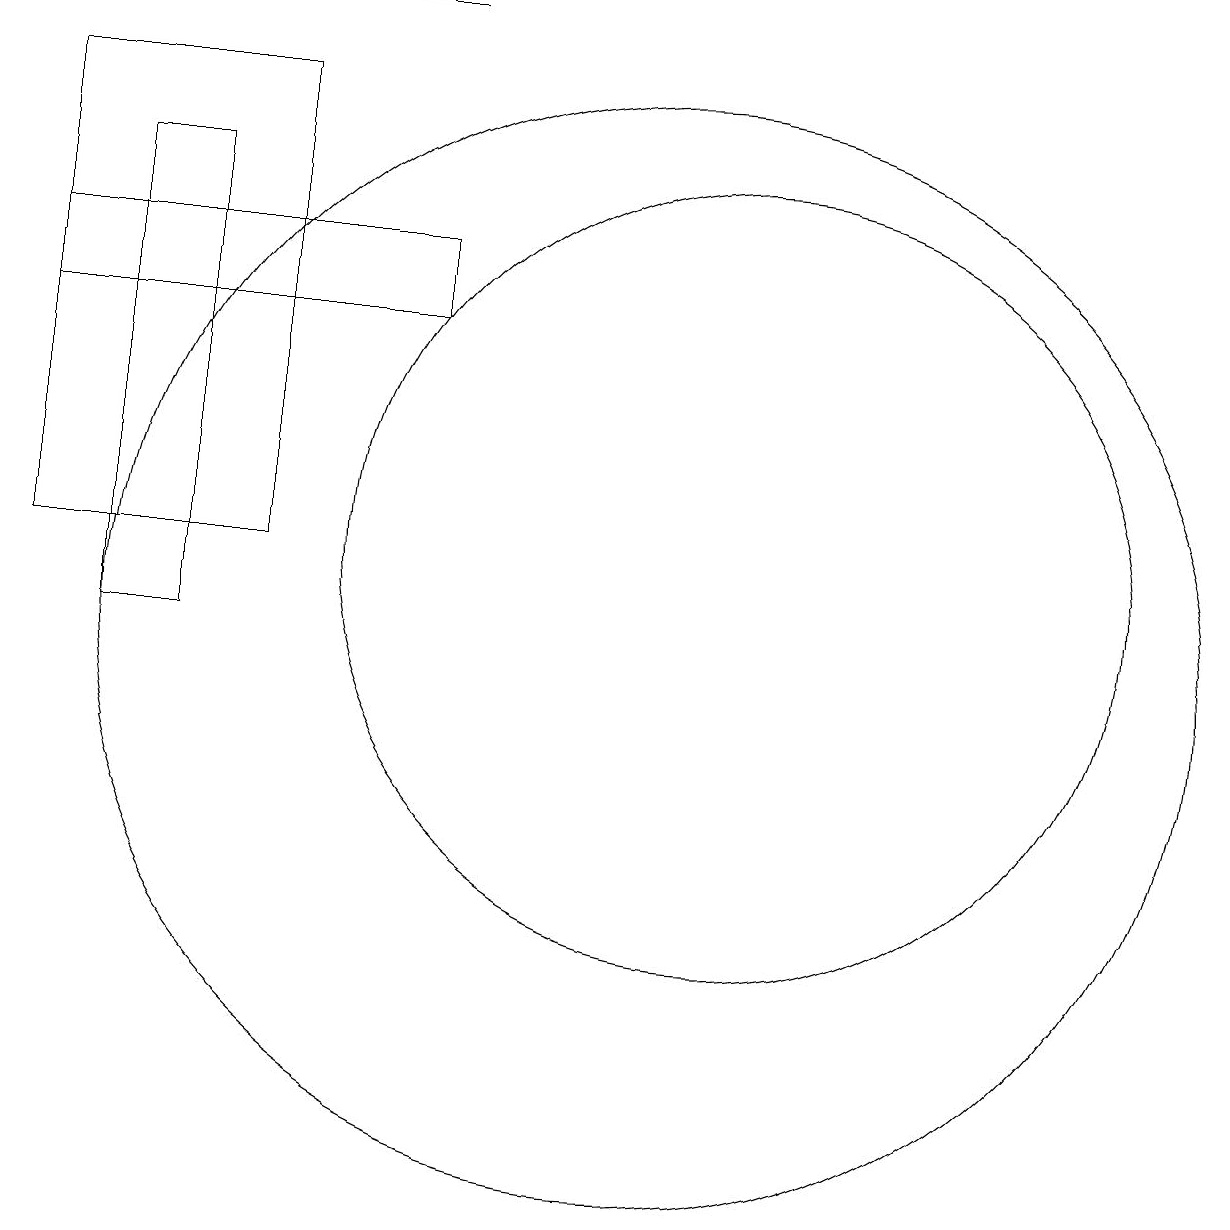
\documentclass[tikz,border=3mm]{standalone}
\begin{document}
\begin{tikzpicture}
\draw (2,18) rectangle (7,18);
\draw (3,16) rectangle (4,10);
\draw (11,11) circle (0);
\draw (10,10) circle (7);
\draw (11,11) circle (5);
\draw (7,14) rectangle (2,15);
\draw (5,11) rectangle (2,17);
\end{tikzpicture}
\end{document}